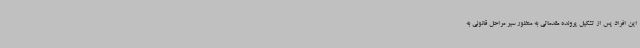
این افراد پس از تشکیل پرونده مقدماتی به منظور سیر مراحل قانونی به